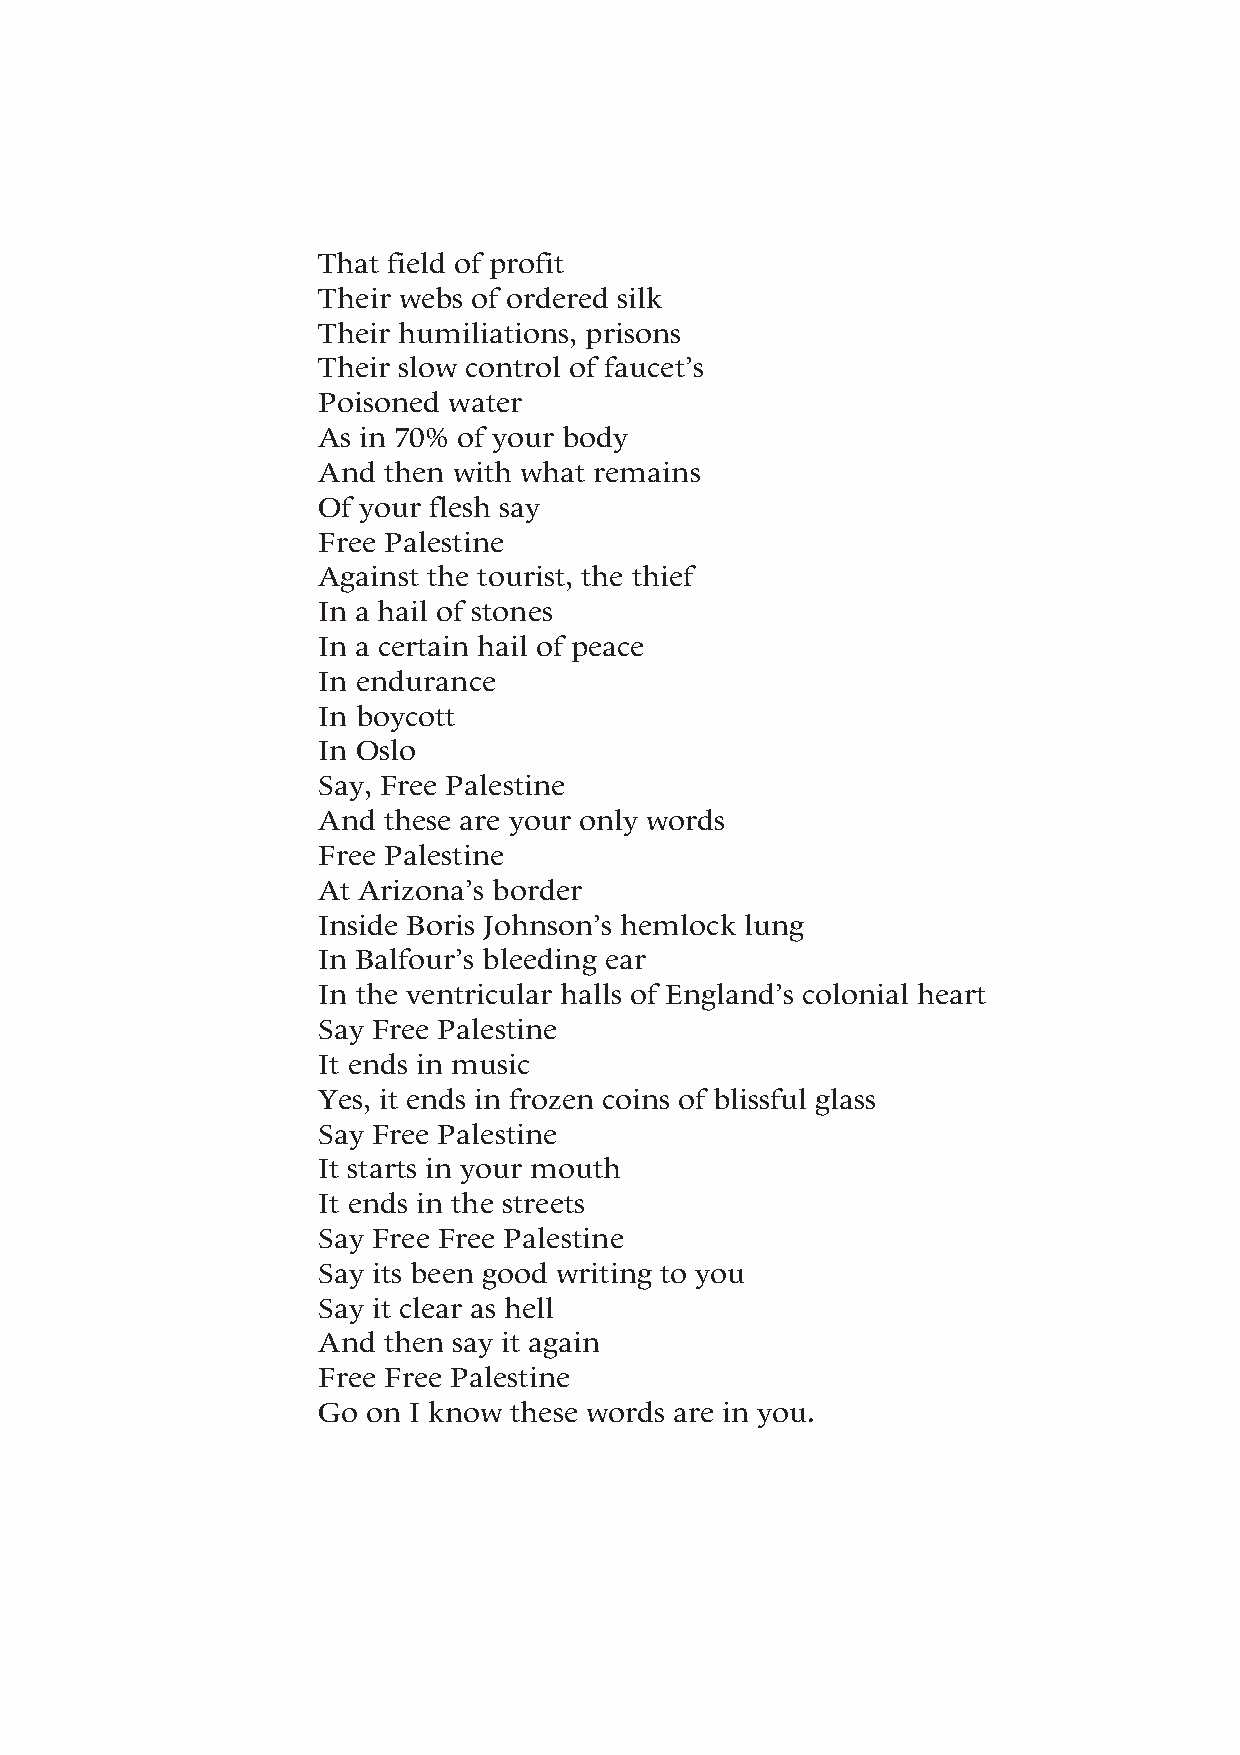
That field of profit
 Their webs of ordered silk
 Their humiliations, prisons
 Their slow control of faucet’s
 Poisoned water
 As in 70% of your body
 And then with what remains
 Of your flesh say
 Free Palestine
 Against the tourist, the thief
 In a hail of stones
 In a certain hail of peace
 In endurance
 In boycott
 In Oslo
 Say, Free Palestine
 And these are your only words
 Free Palestine
 At Arizona’s border
 Inside Boris Johnson’s hemlock lung
 In Balfour’s bleeding ear
 In the ventricular halls of England’s colonial heart
 Say Free Palestine
 It ends in music
 Yes, it ends in frozen coins of blissful glass
 Say Free Palestine
 It starts in your mouth
 It ends in the streets
 Say Free Free Palestine
 Say its been good writing to you
 Say it clear as hell
 And then say it again
 Free Free Palestine
 Go on I know these words are in you.
 103